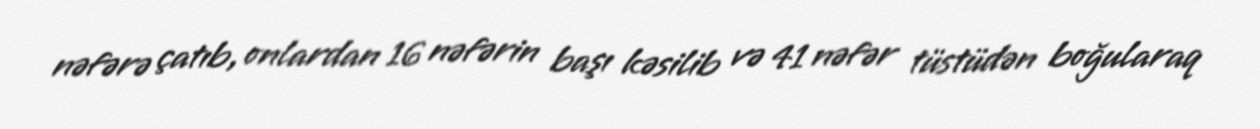
nəfərə çatıb, onlardan 16 nəfərin başı kəsilib və 41 nəfər tüstüdən boğularaq